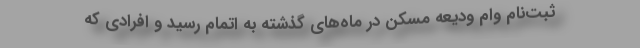
ثبت‌‌نام وام ودیعه مسکن در ماه‌های گذشته به اتمام رسید و افرادی که